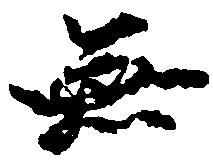
無